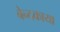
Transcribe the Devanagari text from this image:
बेन्दकाया